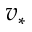
v _ { * }